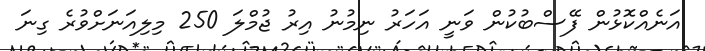
އަނެއްކޮޅުން ފޭސްބުކުން ވަނީ އަހަރު ނިމުނު އިރު ޖުމްލަ 250 މިލިއަނަށްވުރެ ގިނަ